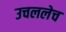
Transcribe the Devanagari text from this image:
उचललेच